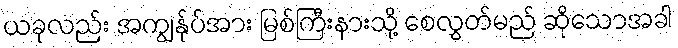
ယခုလည်း အကျွန်ုပ်အား မြစ်ကြီးနားသို့ စေလွှတ်မည် ဆိုသောအခါ